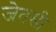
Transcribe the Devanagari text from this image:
जेतसी